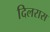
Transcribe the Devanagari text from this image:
दिलरास